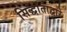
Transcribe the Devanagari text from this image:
सिद्धांताद्वारे